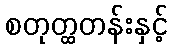
စတုတ္ထတန်းနှင့်